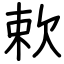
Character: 欶